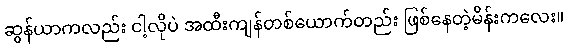
ဆွန်ယာကလည်း ငါ့လိုပဲ အထီးကျန်တစ်ယောက်တည်း ဖြစ်နေတဲ့မိန်းကလေး။